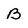
Character: B